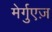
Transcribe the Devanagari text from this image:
मेर्गुएज़